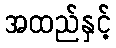
အထည်နှင့်